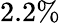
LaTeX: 2.2\%